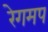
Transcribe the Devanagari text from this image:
रेगमप